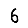
Digit: 6